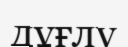
дұғлу